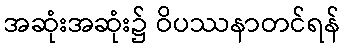
အဆုံးအဆုံး၌ ဝိပဿနာတင်ရန်